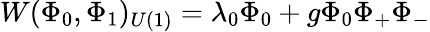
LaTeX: W(\Phi_{0},\Phi_{1})_{U(1)}=\lambda_{0}\Phi_{0}+g\Phi_{0}\Phi_{+}\Phi_{-}